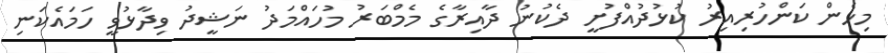
މިހެން ކަންހުރިއިރު ކުޅުދުއްފުށީ ދެކުނު ދާއިރާގެ މެމްބަރު މުހައްމަދު ނަޝީދު ވިދާޅުވީ ހަމައެކަނި